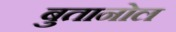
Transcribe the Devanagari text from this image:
बुतानोल